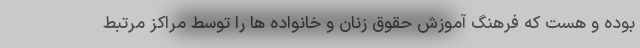
بوده و هست که فرهنگ آموزش حقوق زنان و خانواده ها را توسط مراکز مرتبط